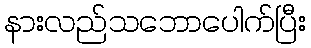
နားလည်သဘောပေါက်ပြီး